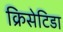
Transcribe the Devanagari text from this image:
क्रिसेटिडा